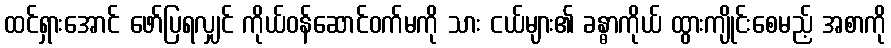
ထင်ရှားအောင် ဖော်ပြရလျှင် ကိုယ်ဝန်ဆောင်ဝက်မကို သား ငယ်များ၏ ခန္ဓာကိုယ် ထွားကျိုင်းစေမည့် အစာကို